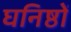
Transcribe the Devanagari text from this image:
घनिष्ठों